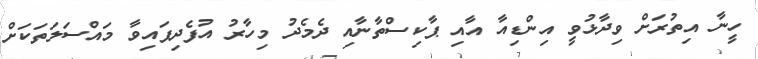
ހީނާ އިތުރަށް ވިދާޅުވީ އިންޑިއާ އާއި ޕާކިސްތާނާއި ދެމެދު މިހާރު އުފެދިފައިވާ މައްސަލަތަކަށް